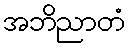
အဘိညာတံ